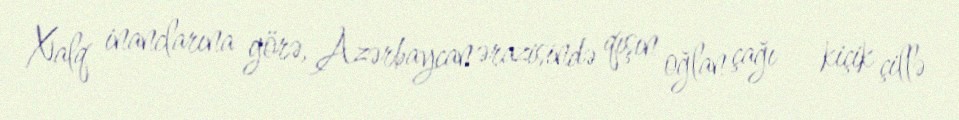
Xalq inanclarına görə, Azərbaycan ərazisində qışın oğlan çağı – kiçik çillə